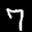
Label: 7